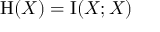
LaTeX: \mathrm { H } ( X ) = \operatorname { I } ( X ; X )